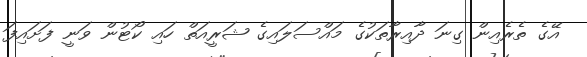
އޭގެ ތެރެއިން ގިނަ ދާއިރާތަކުގެ މައްސަލައިގެ ޝަރީއަތް ހައި ކޯޓުން ވަނީ ފަށައިފަ